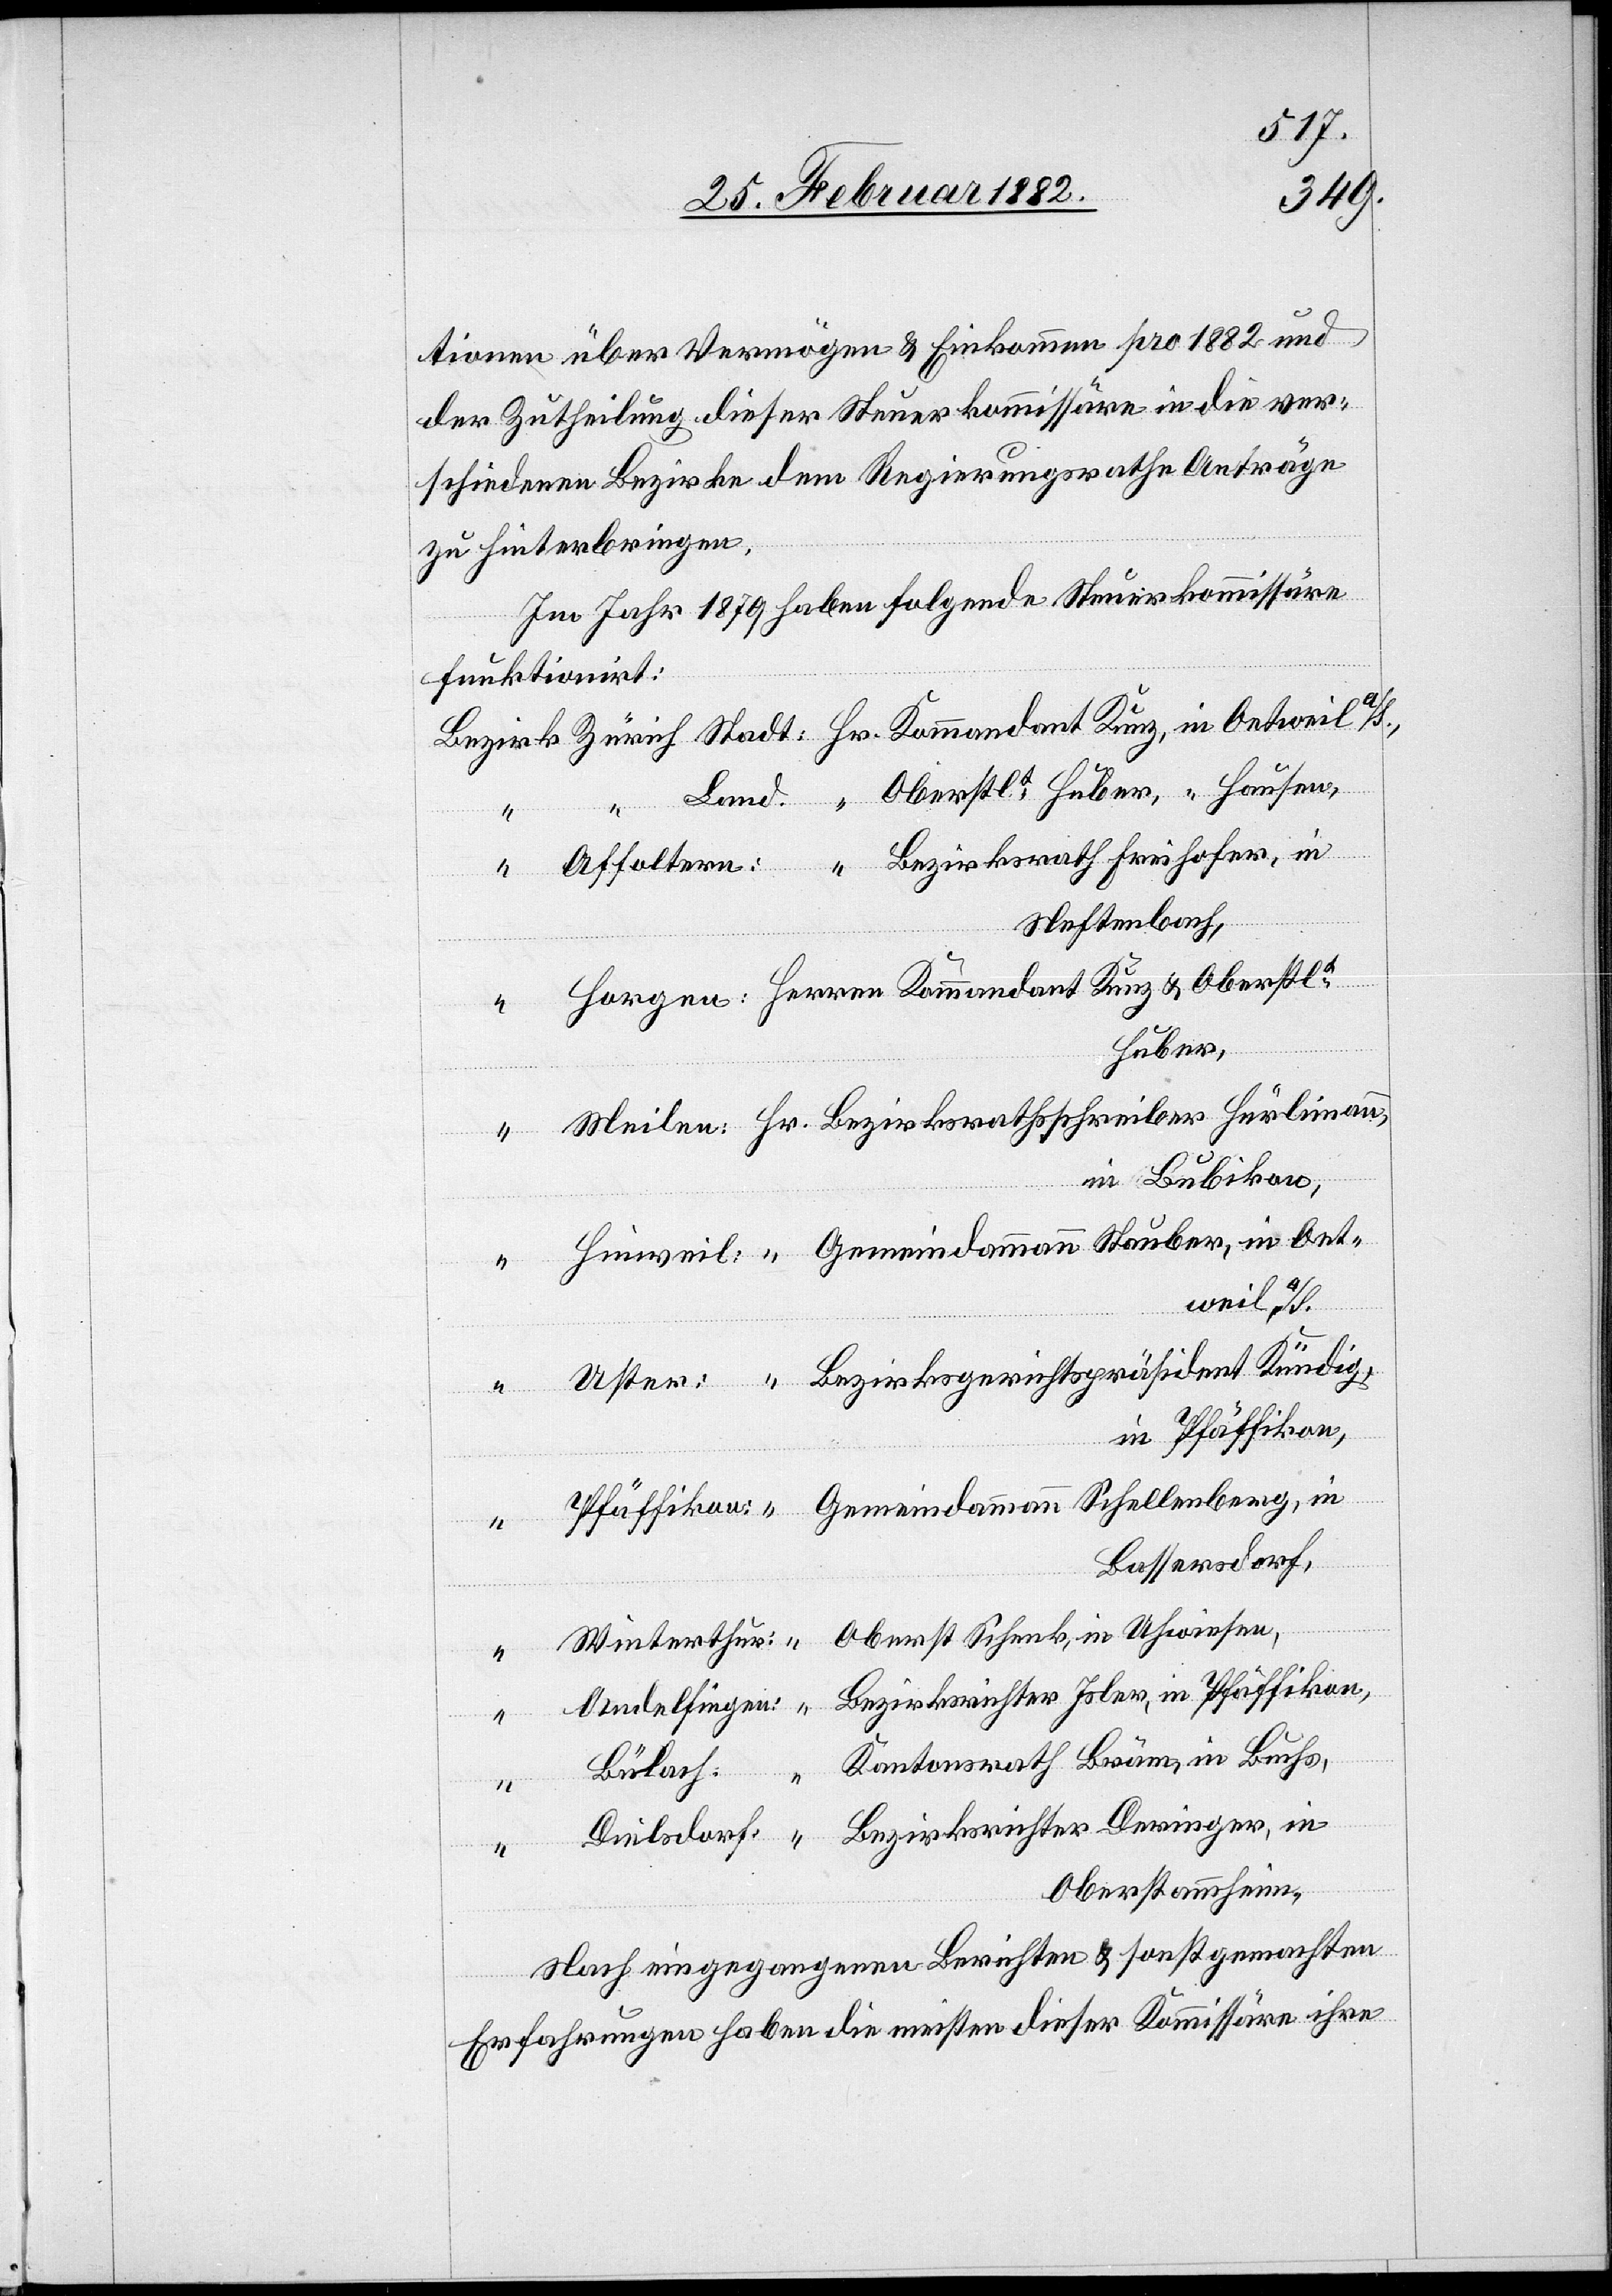
tionen über Vermögen & Einkommen pro 1882 und
der Zutheilung dieser Steuerkommissäre in die ver¬
schiedenen Bezirken dem Regierungsrathe Anträge
zu hinterbringen.
Im Jahr 1879 haben folgende Steuerkommissäre
funktioniert:
in
Neftenbach
Stauber,
in Bubikon,
weil a/S.,
eindeammann
in Pfäffikon,
Bassersdorf,
Hr.
Kantonsrath Bräm, in Buchs,
ger,
Bülach:
Oberstammheim,
nach eingegangenem Berichte & sonst gemachten
Erfahrungen haben die meisten dieser Kommissäre ihre